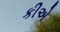
કીએ